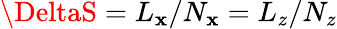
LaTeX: \DeltaS=L_{\mathbf{x}}/N_{\mathbf{x}}=L_{z}/N_{z}